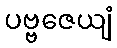
ပဗ္ဗဇေယျံ